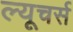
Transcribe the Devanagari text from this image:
ल्यूचर्स